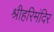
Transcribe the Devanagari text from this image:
श्रीहरिमंदिर